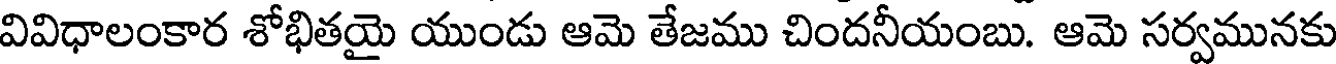
వివిధాలంకార శోభితయై యుండు ఆమె తేజము చిందనీయంబు. ఆమె సర్వమునకు